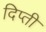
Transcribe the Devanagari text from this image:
दिप्ती